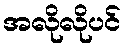
အလိုလိုပင်